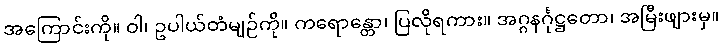
အကြောင်းကို။ ဝါ၊ ဥပါယ်တံမျဉ်ကို။ ကရောန္တော၊ ပြလိုရကား။ အဂ္ဂနင်္ဂုဋ္ဌတော၊ အမြီးဖျားမှ။